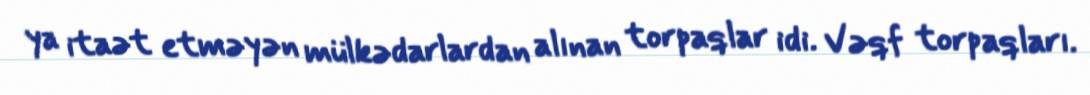
ya itaət etməyən mülkədarlardan alınan torpaqlar idi. Vəqf torpaqları.